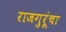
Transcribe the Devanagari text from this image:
राजगुरूंचा